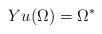
LaTeX: \begin{align*} Yu(\Omega) = \Omega^* \end{align*}